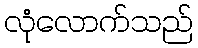
လုံလောက်သည်